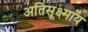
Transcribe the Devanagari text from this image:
अतिसूक्ष्माय